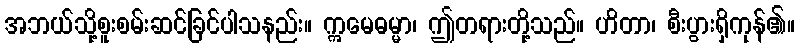
အဘယ်သို့စူးစမ်းဆင်ခြင်ပါသနည်း။ ဣမေဓမ္မာ၊ ဤတရားတို့သည်။ ဟိတာ၊ စီးပွားရှိကုန်၏။